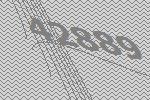
42889